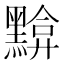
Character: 黭